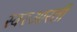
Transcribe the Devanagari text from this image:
स्वरआरती